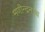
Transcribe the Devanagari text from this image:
मणीन्द्रनाथ